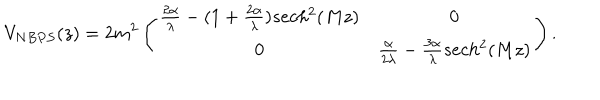
V _ { N B P S } ( z ) = 2 m ^ { 2 } \left( \begin{array} { c c } { { \frac { 2 \alpha } { \lambda } - ( 1 + \frac { 2 \alpha } { \lambda } ) s e c h ^ { 2 } ( M z ) } } & { { 0 } } \\ { { 0 } } & { { \frac { \alpha } { 2 \lambda } - \frac { 3 \alpha } { \lambda } s e c h ^ { 2 } ( M z ) } } \\ \end{array} \right) .